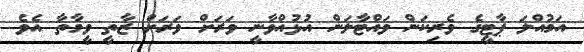
އަމުއްލަ ޕާޓީގެ ވެރިކަން ވައްޓާލަން އުޅުއްވާނީ ވަރަށް ވަރަށް ޒާތީ ވީމާތާ އެވެ